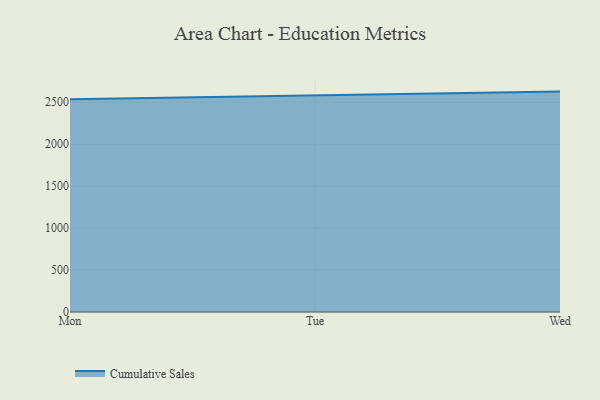
{"axis": {"x": "Day", "y": "Headcount"}, "legend": ["Cumulative Sales"], "data": [{"x": "Mon", "y": 2536.3, "type": "Cumulative Sales"}, {"x": "Tue", "y": 2584.2, "type": "Cumulative Sales"}, {"x": "Wed", "y": 2627.5, "type": "Cumulative Sales"}]}